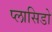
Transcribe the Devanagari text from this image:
प्लासिडो